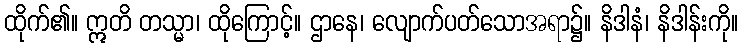
ထိုက်၏။ ဣတိ တသ္မာ၊ ထိုကြောင့်။ ဌာနေ၊ လျောက်ပတ်သောအရာ၌။ နိဒါနံ၊ နိဒါန်းကို။